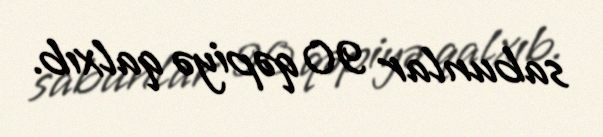
sabunlar 90 qəpiyə qalxıb.